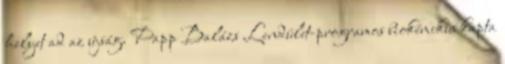
helyet ad az újság. Papp Balázs Lendület-programos biokémikus kapta